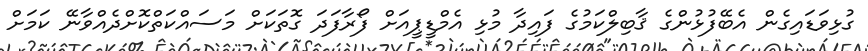
ގުޅިވަޑައިގެން އެބޭފުޅުންގެ ޤާބިލްކަމުގެ ފައިދާ މުޅި އެމްޑީޕީއަށް ފޯރާފަދަ ގޮތަކަށް މަސައްކަތްކޮށްދެއްވާނޭ ކަމަށް